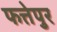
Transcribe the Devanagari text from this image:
फत्तेपुर